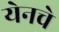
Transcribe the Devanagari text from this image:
येनचे